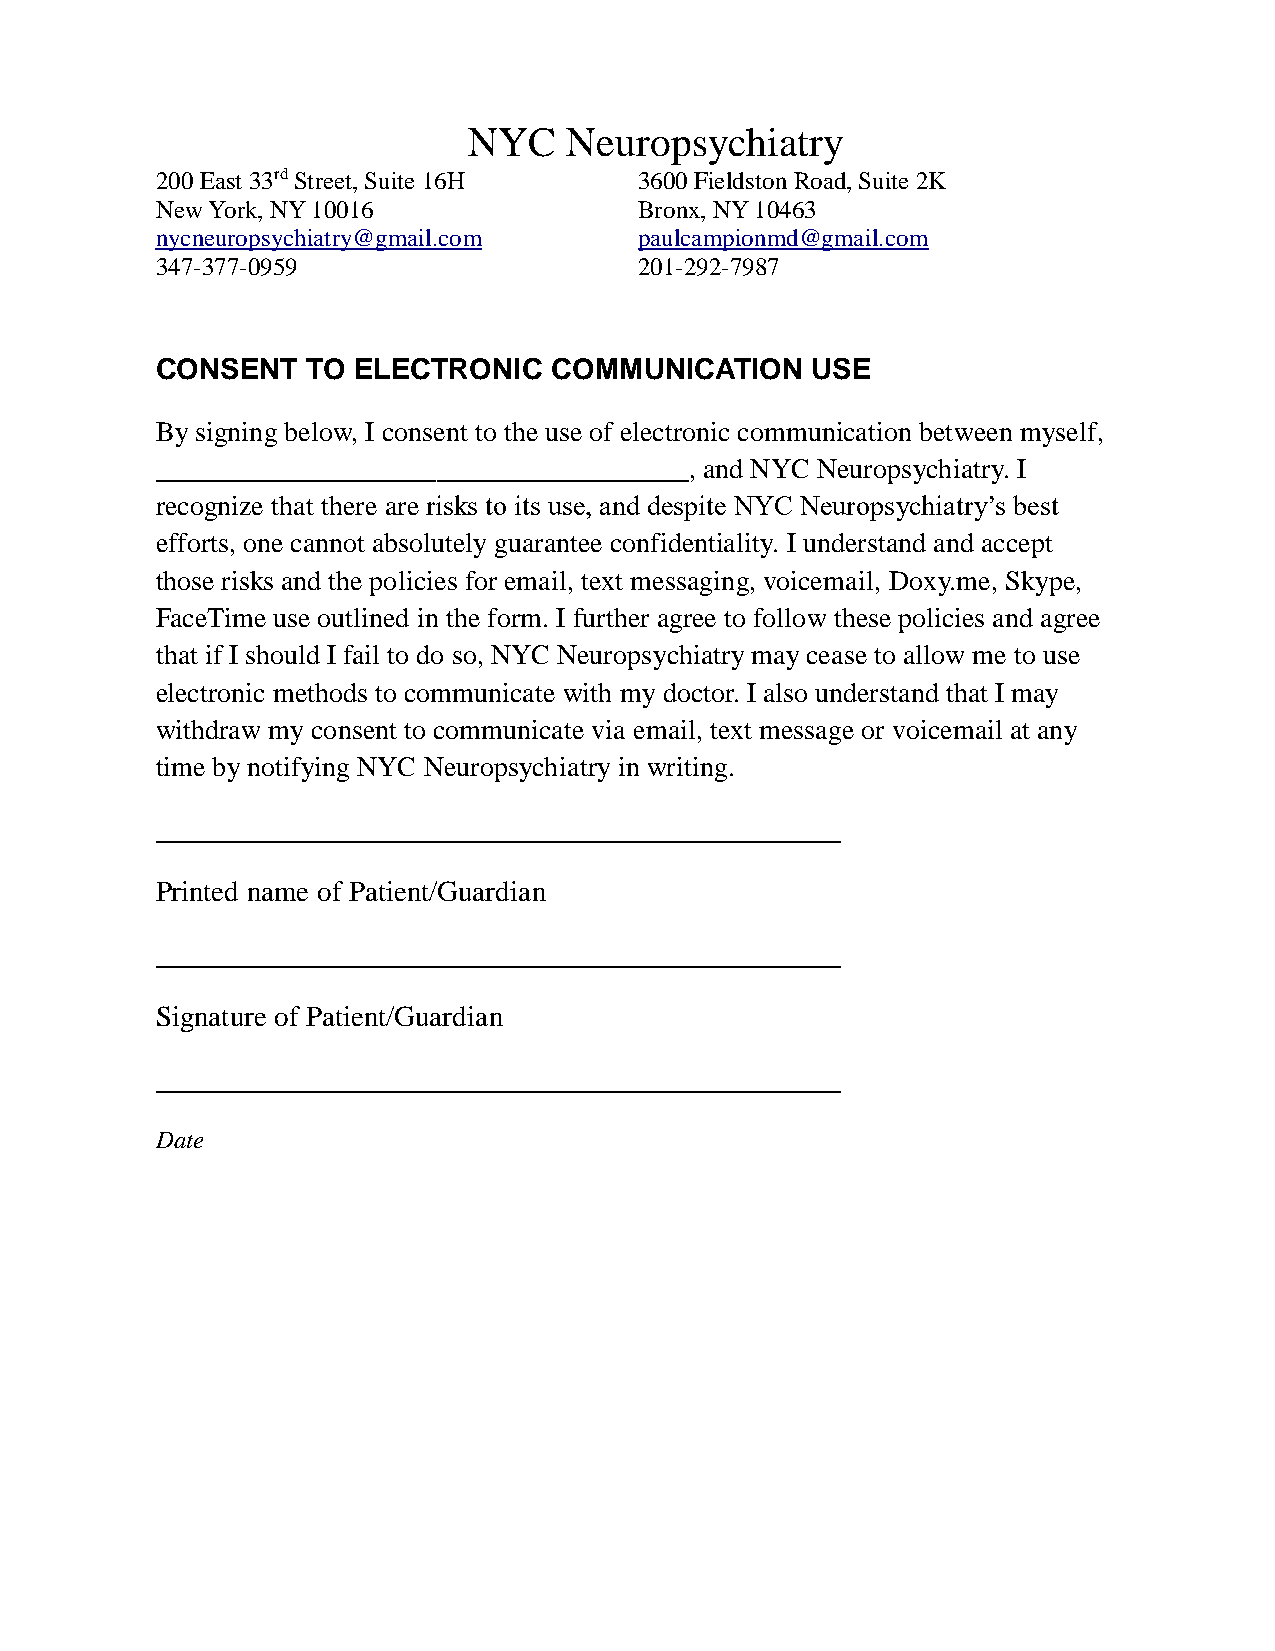
NYC   Neuropsychiatry
 200 East 33rd Street, Suite 16H 3600 Fieldston Road, Suite 2K
 New York, NY 10016              Bronx, NY 10463
 nycneuropsychiatry@gmail.com    paulcampionmd@gmail.com
 347-377-0959                    201-292-7987
 CONSENT   TO ELECTRONIC   COMMUNICATION     USE
 By signing below, I consent to the use of electronic communication between myself,
 ______________________________________, and NYC Neuropsychiatry. I
 recognize that there are risks to its use, and despite NYC Neuropsychiatry’s best
 efforts, one cannot absolutely guarantee confidentiality. I understand and accept
 those risks and the policies for email, text messaging, voicemail, Doxy.me, Skype,
 FaceTime use outlined in the form. I further agree to follow these policies and agree
 that if I should I fail to do so, NYC Neuropsychiatry may cease to allow me to use
 electronic methods to communicate with my doctor. I also understand that I may
 withdraw my consent to communicate via email, text message or voicemail at any
 time by notifying NYC Neuropsychiatry in writing.
 _______________________________________________
 Printed name of Patient/Guardian
 _______________________________________________
 Signature of Patient/Guardian
 _______________________________________________
 Date